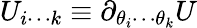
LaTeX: U_{i\cdots k}\equiv\partial_{\theta_{i}\cdots\theta_{k}}U